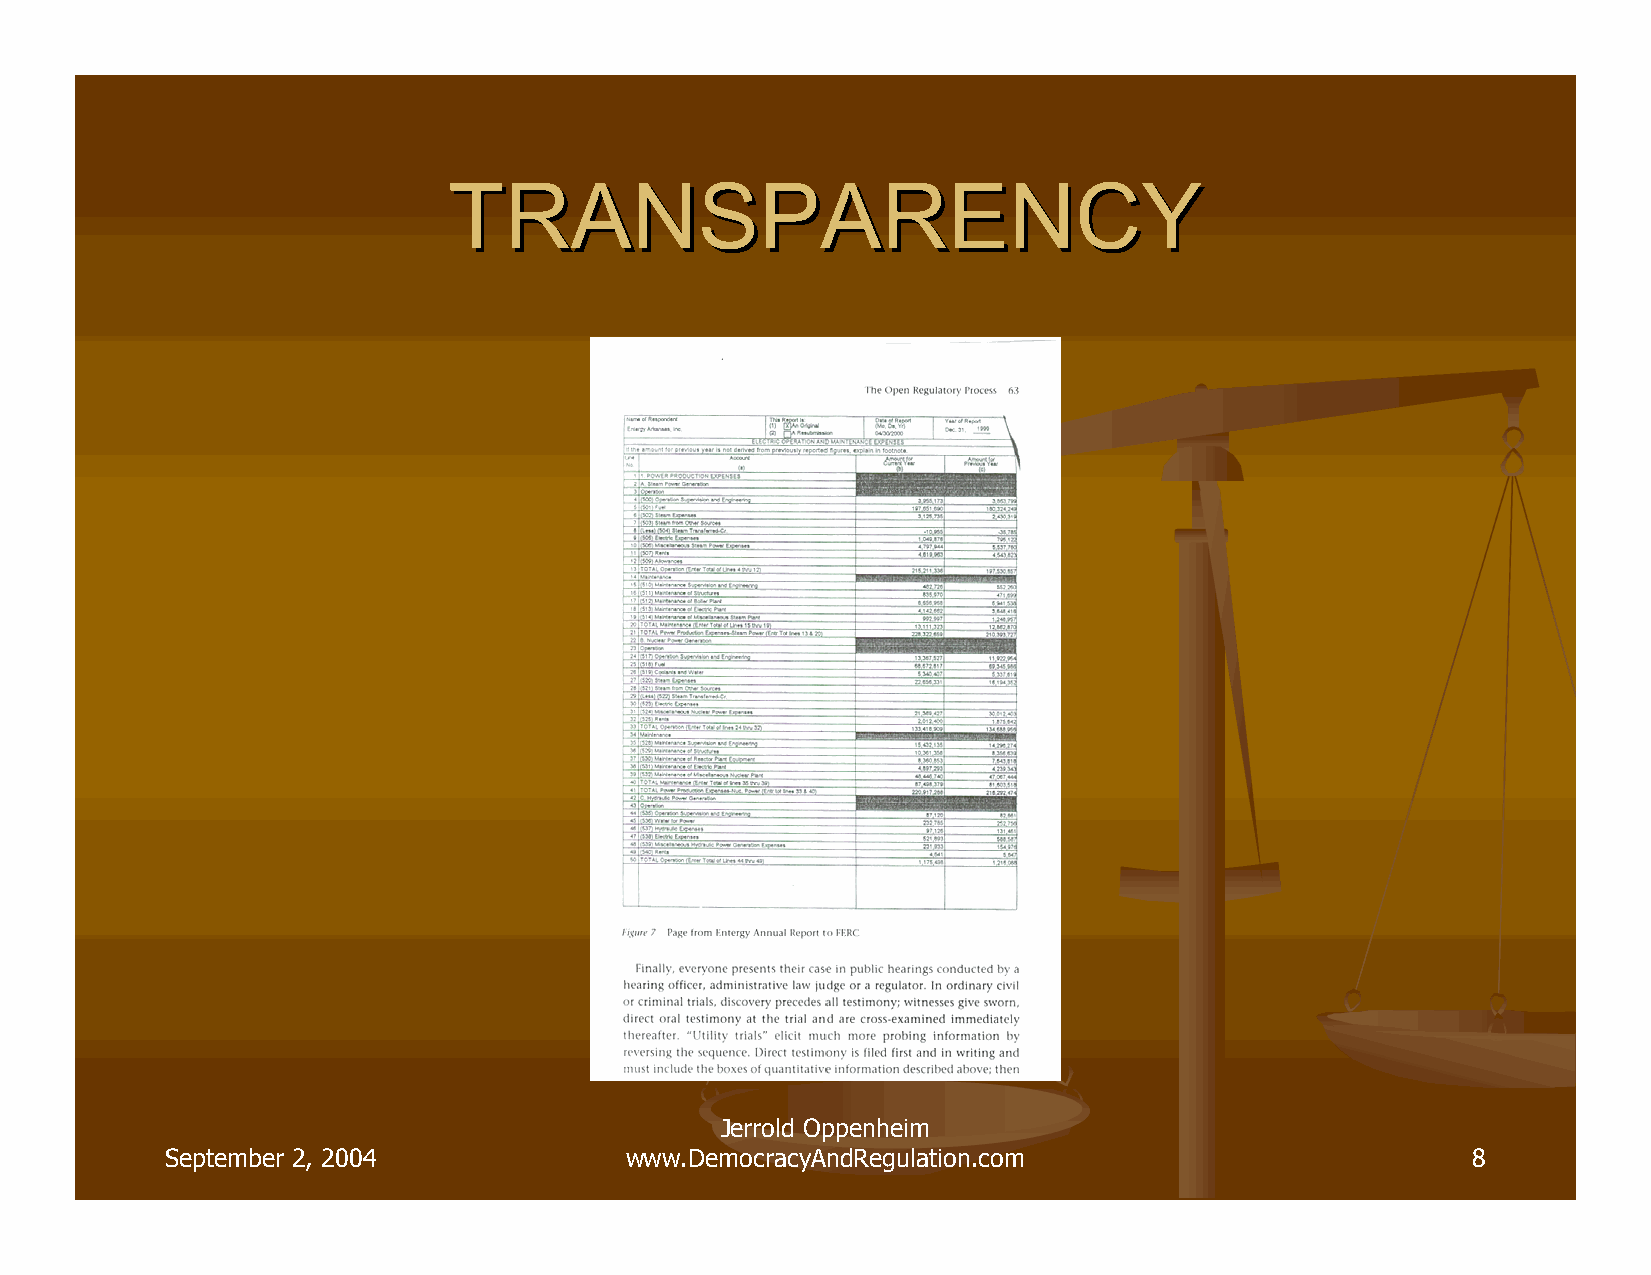
TTRRAANNSSPPAARREENNCCYY
 Jerrold Oppenheim
 September 2, 2004             www.DemocracyAndRegulation.com                          8